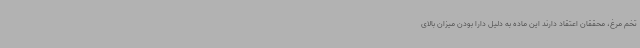
تخم مرغ، محققان اعتقاد دارند این ماده به دلیل دارا بودن میزان بالای